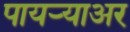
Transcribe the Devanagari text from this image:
पायर्‍याअर